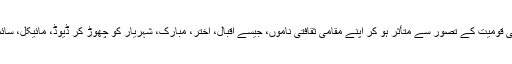
وہ بھی الگ مذہبی قومیت کے تصور سے متأثر ہو کر اپنے مقامی ثقافتی ناموں، جیسے اقبال، اختر، مبارک، شہریار کو چھوڑ کر ڈیوڈ، مائیکل، سائمن رکھنے لگے۔